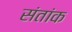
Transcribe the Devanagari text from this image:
संतांक